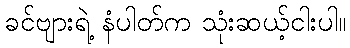
ခင်ဗျားရဲ့ နံပါတ်က သုံးဆယ့်ငါးပါ။